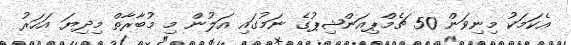
އެކަމަކު މިނިވަން 50 ޗެމްޕިއަންޝިޕުގެ ނަމުގައި އަލުން މި މުބާރާތް މިދިޔަ އަހަރު